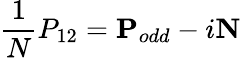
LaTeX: \frac{1}{N}P_{12}=\mathbf{P}_{odd}-i\mathbf{N}